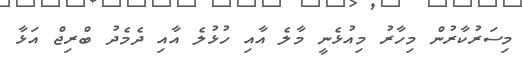
މިސަރުކާރުން މިހާރު މިއުޅެނީ މާލެ އާއި ހުޅުލެ އާއި ދެމެދު ބްރިޖް އަޅާ